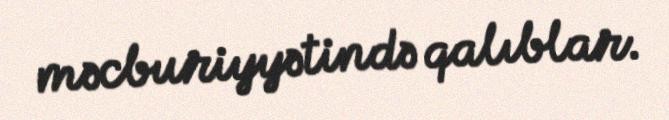
məcburiyyətində qalıblar.